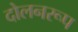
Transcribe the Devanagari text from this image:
दोलनरूप